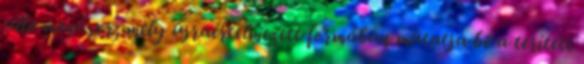
álló menüsor, mely újraértelmezett formában mutatja be a terített